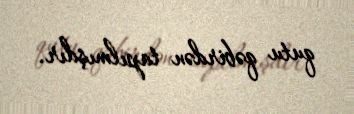
qutu qəbirdən tapılmışdır.